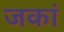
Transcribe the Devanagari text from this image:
जकां